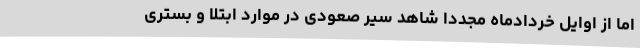
اما از اوایل خردادماه مجددا شاهد سیر صعودی در موارد ابتلا و بستری